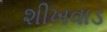
શીખવાડ